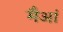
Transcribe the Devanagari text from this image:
मैआं